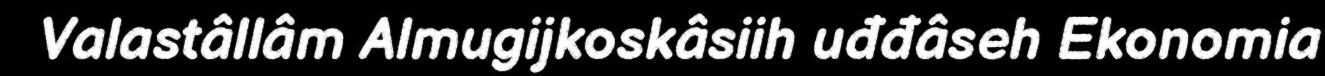
Valastâllâm Almugijkoskâsiih uđđâseh Ekonomia